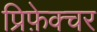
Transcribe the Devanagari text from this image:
प्रिफ़ेक्चर